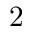
2